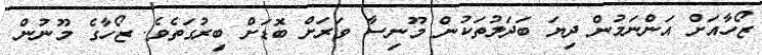
ޒޯހާއަށް އަންނަމުން ދިޔަ ބަދަލުތަކުން މޫނިސާ ވަރަށް ބޮޑަށް ބިރުގަތެވެ. ޒޯހާގެ މޫނުން